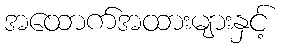
အထောက်အထားများနှင့်